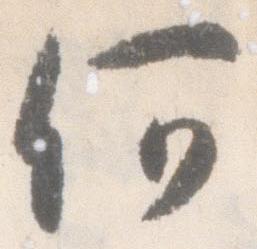
何